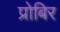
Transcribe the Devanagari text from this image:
प्रोबिर